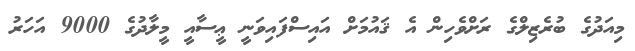
މިއަދުގެ ބުރެޒިލްގެ ރަށްވެހިން އެ ޤައުމަށް އައިސްފައިވަނީ ޢީސާއީ މީލާދުގެ 9000 އަހަރު